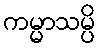
ကမ္မာသမ္ပိ